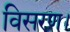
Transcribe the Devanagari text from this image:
विसरण।